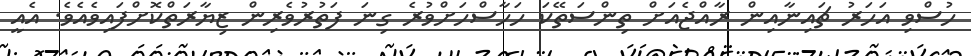
ހުސްވި އަހަރު ޗައިނާއިން ރާއްޖެއަށް ތިންސަތޭކަ ހަހާސްހަށްވުރެ ގިނަ ފަތުރުވެރިން ޒިޔާރަތްކޮށްފައިވެއެވެ. އެއީ